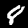
Digit: 8